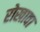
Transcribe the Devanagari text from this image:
रोखावा